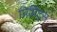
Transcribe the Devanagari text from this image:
प्रिप्रिंट्स